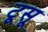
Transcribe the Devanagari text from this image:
टूसू